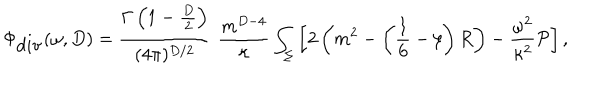
\Phi _ { \mathrm { d i v } } ( \omega , D ) = { \frac { \Gamma \left( 1 - \frac D 2 \right) } { ( 4 \pi ) ^ { D / 2 } } } \, \, { \frac { m ^ { D - 4 } } { \kappa } } \int _ { \Sigma } \left[ 2 \left( m ^ { 2 } - \left( \frac 1 6 - \xi \right) R \right) - { \frac { \omega ^ { 2 } } { \kappa ^ { 2 } } } { \cal P } \right] ,